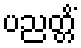
ပညတ္တိံ